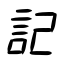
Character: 記